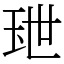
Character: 𤤙